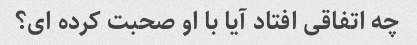
چه اتفاقی افتاد آیا با او صحبت کرده ای؟